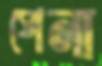
পেনা